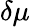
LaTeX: \delta\mu